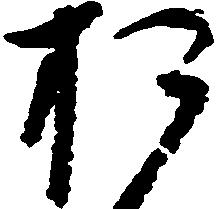
お